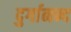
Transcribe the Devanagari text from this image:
दुर्गानन्द